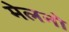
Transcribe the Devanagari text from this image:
मेलनो